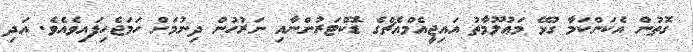
ގޮތުން އެކަންކަމާ ގުޅޭ މަޢުލޫމާތު އައިޖީއެމްއެޗްގެ ޑޮކްޓަރުންނާއި ނަރުހުން ދިނުމަށް ހަމަޖެހިފައިވެއެވެ. އަދި